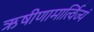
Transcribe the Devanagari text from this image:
ऋषीणामार्त्विज्यं